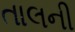
તાલની